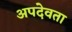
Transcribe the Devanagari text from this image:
अपदेवता